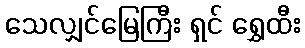
သေလျှင်မြေကြီး ရှင် ရွှေထီး